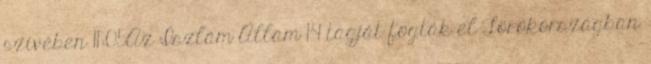
szívében 11:05Az Iszlám Állam 14 tagját fogták el Törökországban